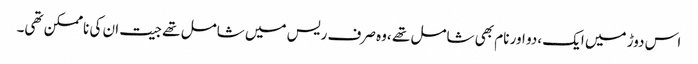
اس دوڑ میں ایک ،دو اور نام بھی شامل تھے ،وہ صرف ریس میں شامل تھے جیت ان کی ناممکن تھی۔